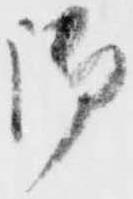
御